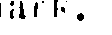
mark.